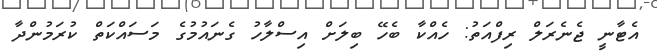
އެޓާނީ ޖެނެރަލް ރިފްއަތު: ހެއްކާ ބެހޭ ބިލަށް އިސްލާހު ގެނައުމުގެ މަސައްކަތް ކުރަމުންދާ